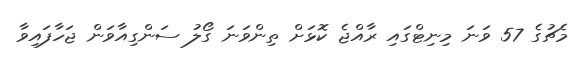
މެޗުގެ 57 ވަނަ މިނިޓްގައި ރާއްޖެ ކޮޅަށް ތިންވަނަ ގޯލު ސަންގިއާވަން ޖަހާފައިވާ